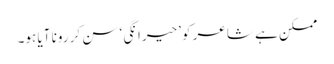
ممکن ہے شاعر کو ’حیرانگی‘ سن کر رونا آیا ہو۔